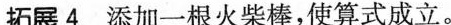
拓展4 添加一根火柴棒，使算式成立。